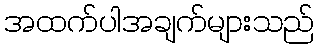
အထက်ပါအချက်များသည်